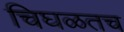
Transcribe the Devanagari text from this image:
चिघळतच